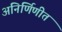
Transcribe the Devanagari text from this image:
अनिर्णिणीत